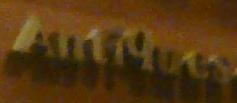
antiques